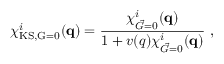
\chi _ { \mathrm { K S , \vec { G } = 0 } } ^ { i } ( \mathbf { q } ) = \frac { \chi _ { \vec { G } = 0 } ^ { i } ( \mathbf { q } ) } { 1 + v ( q ) \chi _ { \vec { G } = 0 } ^ { i } ( \mathbf { q } ) } \ ,